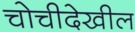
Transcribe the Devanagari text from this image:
चोचीदेखील